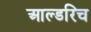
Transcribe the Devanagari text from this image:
आल्डरिच